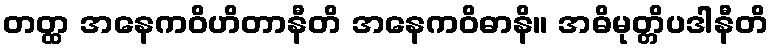
တတ္ထ အနေကဝိဟိတာနီတိ အနေကဝိဓာနိ။ အဓိမုတ္တိပဒါနီတိ